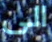
الى